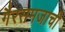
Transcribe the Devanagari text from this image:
गैरसमजाची